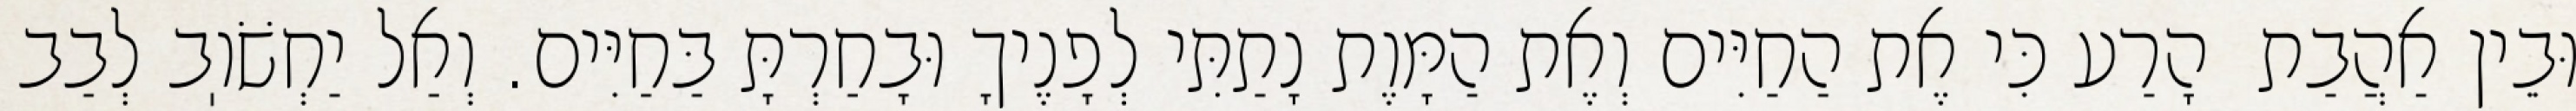
וּבֵין אַהֲבַת  הָרַע כִּי אֶת הַחַיִּים וְאֶת הַמָּוֶת נָתַתִּי לְפָנֶיךָ וּבָחַרְתָּ בַּחַיִּים. וְאַל יַחְשֹׁוֽב לְבַב